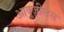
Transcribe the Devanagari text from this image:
आक्ज़ीलस